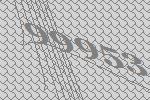
99953